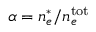
\alpha = n _ { e } ^ { * } / n _ { e } ^ { \mathrm { t o t } }